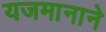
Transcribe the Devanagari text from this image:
यजमानाने